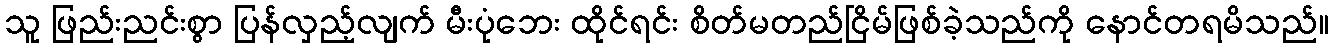
သူ ဖြည်းညင်းစွာ ပြန်လှည့်လျက် မီးပုံဘေး ထိုင်ရင်း စိတ်မတည်ငြိမ်ဖြစ်ခဲ့သည်ကို နောင်တရမိသည်။